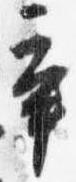
辛